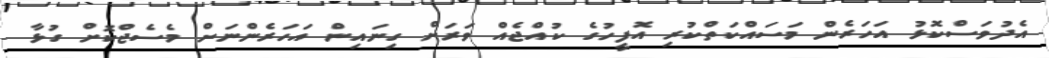
އެދުވަސްކޮޅު އަހަރެން މަސައްކަތްކުރި އޮފީހުގެ ކުއްޖެއް ވަރަށް ގިނައިން އަހަރެންނަށް މެސެޖްކޮށް ގުޅާ